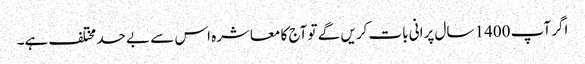
اگر آپ 1400 سال پرانی بات کریں گے تو آج کا معاشرہ اس سے بے حد مختلف ہے۔